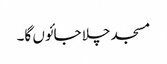
مسجد چلا جائوں گا۔